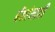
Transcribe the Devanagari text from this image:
बँकांनाही